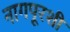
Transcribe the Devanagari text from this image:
नागपूरशी